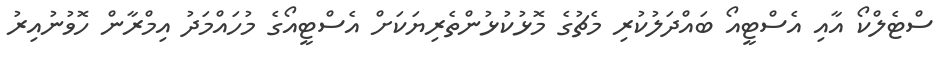
ސްޓެލްކޯ އާއި އެސްޓީއޯ ބައްދަލުކުރި މެޗުގެ މޮޅުކުޅުންތެރިޔަކަށް އެސްޓީއޯގެ މުހައްމަދު އިމްރާން ހޮވުނުއިރު